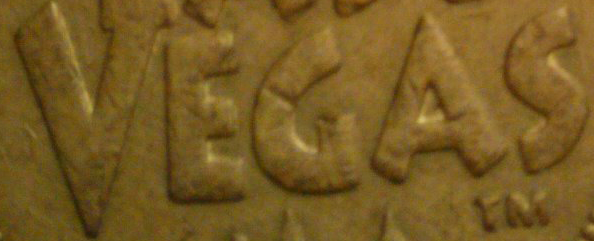
VEGAS